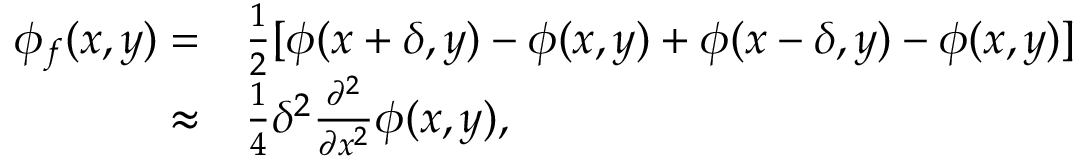
\begin{array} { r l } { \phi _ { f } ( x , y ) = } & { { } \frac { 1 } { 2 } [ \phi ( x + \delta , y ) - \phi ( x , y ) + \phi ( x - \delta , y ) - \phi ( x , y ) ] } \\ { \approx } & { { } \frac { 1 } { 4 } \delta ^ { 2 } \frac { \partial ^ { 2 } } { \partial x ^ { 2 } } \phi ( x , y ) , } \end{array}